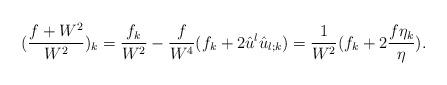
LaTeX: \begin{align*}(\dfrac{f+W^{2}}{W^{2}})_{k}=\dfrac{f_{k}}{W^{2}}-\dfrac{f}{W^{4}}(f_{k}+2\hat{u}^{l}\hat{u}_{l;k})=\dfrac{1}{W^{2}}(f_{k}+2\dfrac{f\eta_{k}}{\eta}).\end{align*}